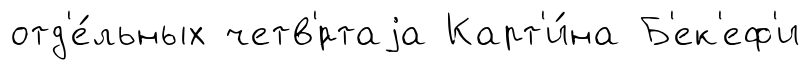
отд'е́льных четв'́ртаjа Карт'и́на Б'ек'еф'и